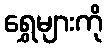
ရွှေများကို